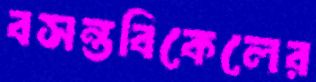
বসন্তবিকেলের